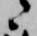
々